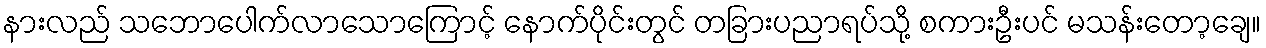
နားလည် သဘောပေါက်လာသောကြောင့် နောက်ပိုင်းတွင် တခြားပညာရပ်သို့ စကားဦးပင် မသန်းတော့ချေ။